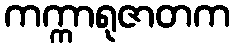
ကက္ကာရုဇာတက